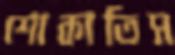
শোকাতিস